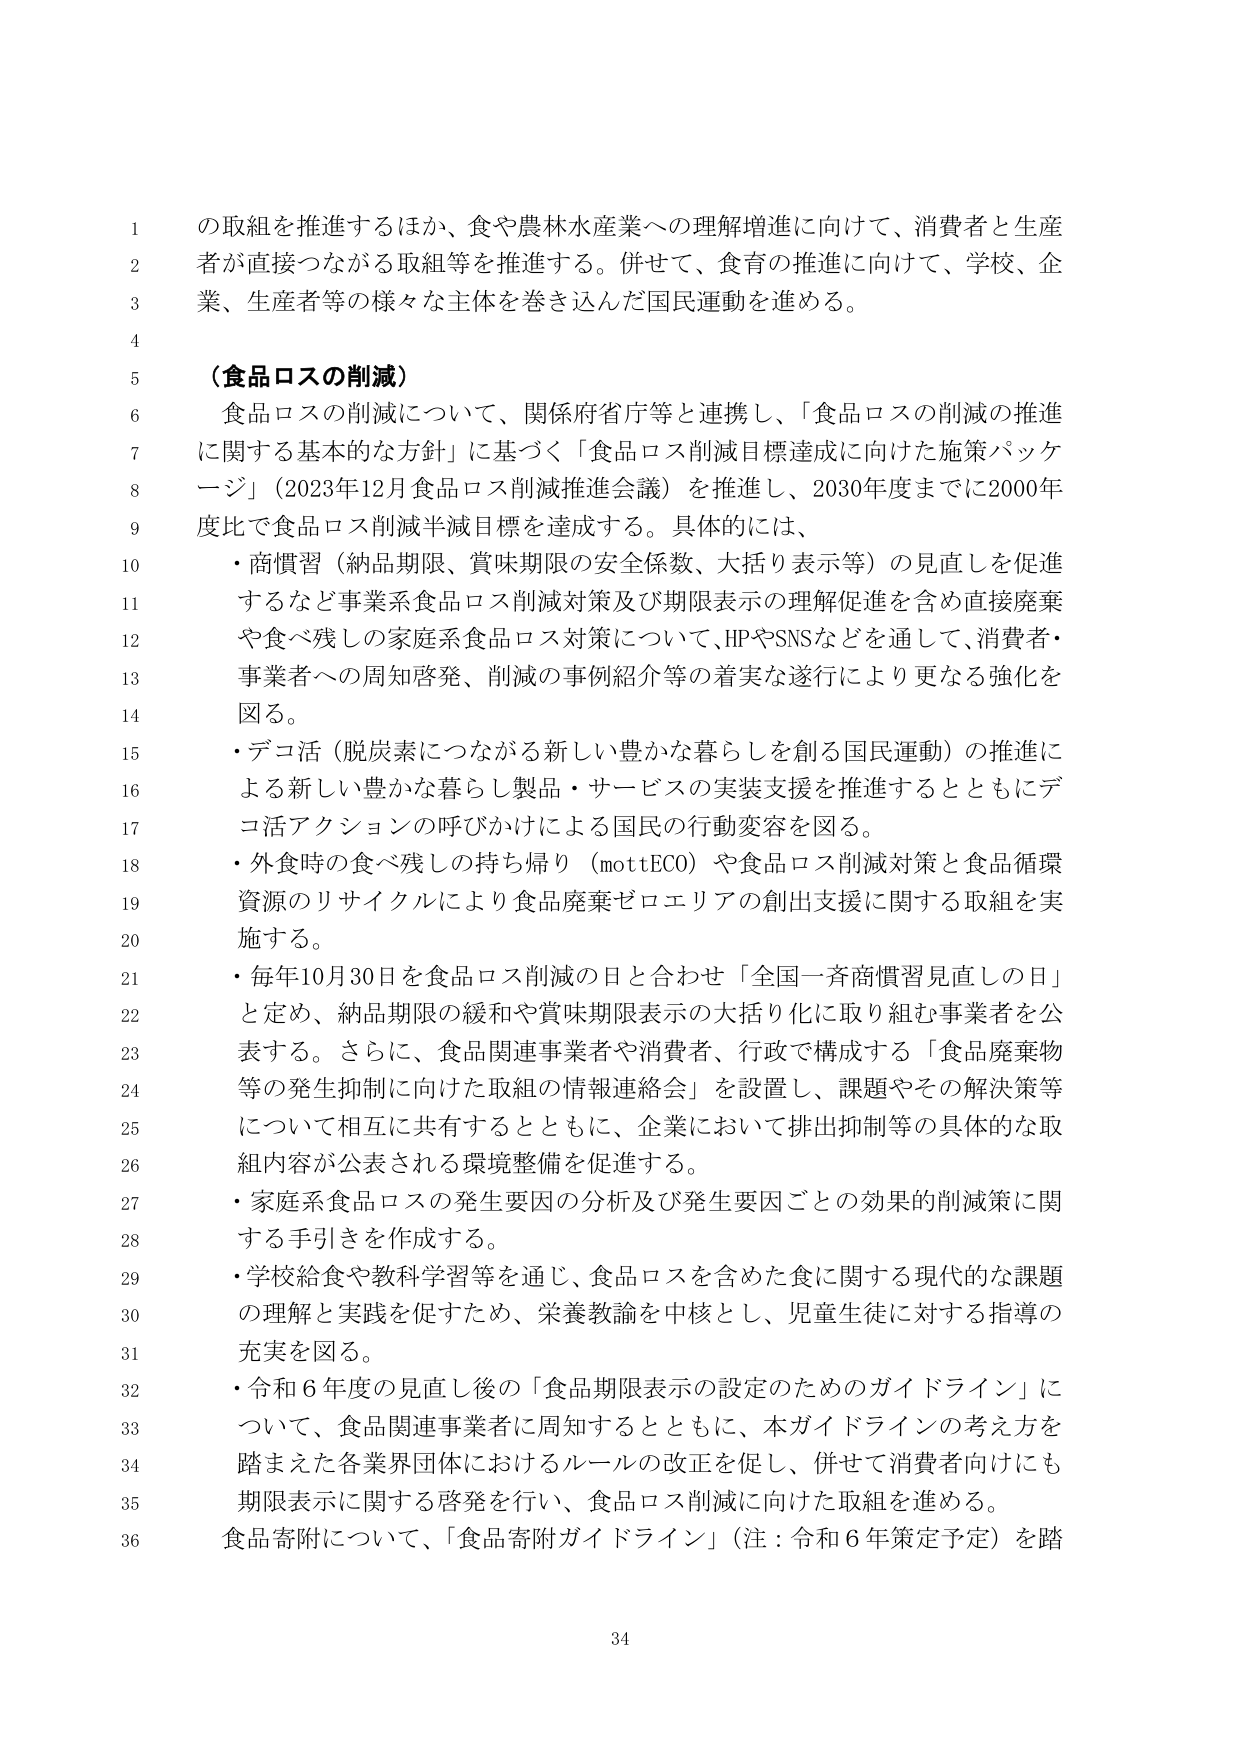
の取組を推進するほか、食や農林水産業への理解増進に向けて、消費者と生産者 が直接つながる取組等を推進する。併せて、食育の推進に向けて、学校、企業、生産者等の様々な主体を巻き込んだ国民運動を進める。

（食品ロスの削減）
食品ロスの削減について、関係府省庁等と連携し、「食品ロスの削減の推進に関する基本的な方針」に基づく「食品ロス削減目標達成に向けた施策パッケージ」（2023年12月食品ロス削減推進会議）を推進し、2030年度までに2000年度比で食品ロス削減半減目標を達成する。具体的には、
・商慣習（納品期限、賞味期限の安全係数、大括り表示等）の見直しを促進するなど事業系食品ロス削減対策及び期限表示の理解促進を含め直接廃棄や食べ残しの家庭系食品ロス対策について、HPやSNSなどを通して、消費者・事業者への周知啓発、削減の事例紹介等の着実な遂行により更なる強化を図る。
・デコ活（脱炭素につながる新しい豊かな暮らしを創る国民運動）の推進による新しい豊かな暮らし製品・サービスの実装支援を推進するとともにデコ活アクションの呼びかけによる国民の行動変容を図る。
・外食時の食べ残しの持ち帰り（mottECO）や食品ロス削減対策と食品循環資源のリサイクルにより食品廃棄ゼロエリアの創出支援に関する取組を実施する。
・毎年10月30日を食品ロス削減の日と合わせ「全国一斉商慣習見直しの日」と定め、納品期限の緩和や賞味期限表示の大括り化に取り組む事業者を公表する。さらに、食品関連事業者や消費者、行政で構成する「食品廃棄物等の発生抑制に向けた取組の情報連絡会」を設置し、課題やその解決策等について相互に共有するとともに、企業において排出抑制等の具体的な取組内容が公表される環境整備を促進する。
・家庭系食品ロスの発生要因の分析及び発生要因ごとの効果的削減策に関する手引きを作成する。
・学校給食や教科学習等を通じ、食品ロスを含めた食に関する現代的な課題の理解と実践を促すため、栄養教諭を中核とし、児童生徒に対する指導の充実を図る。
・令和６年度の見直し後の「食品期限表示の設定のためのガイドライン」について、食品関連事業者に周知するとともに、本ガイドラインの考え方を踏まえた各業界団体におけるルールの改正を促し、併せて消費者向けにも期限表示に関する啓発を行い、食品ロス削減に向けた取組を進める。
食品寄附について、「食品寄附ガイドライン」（注：令和６年策定予定）を踏

34